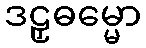
ဒဠှဓမ္မော